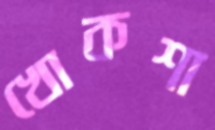
খোকশা